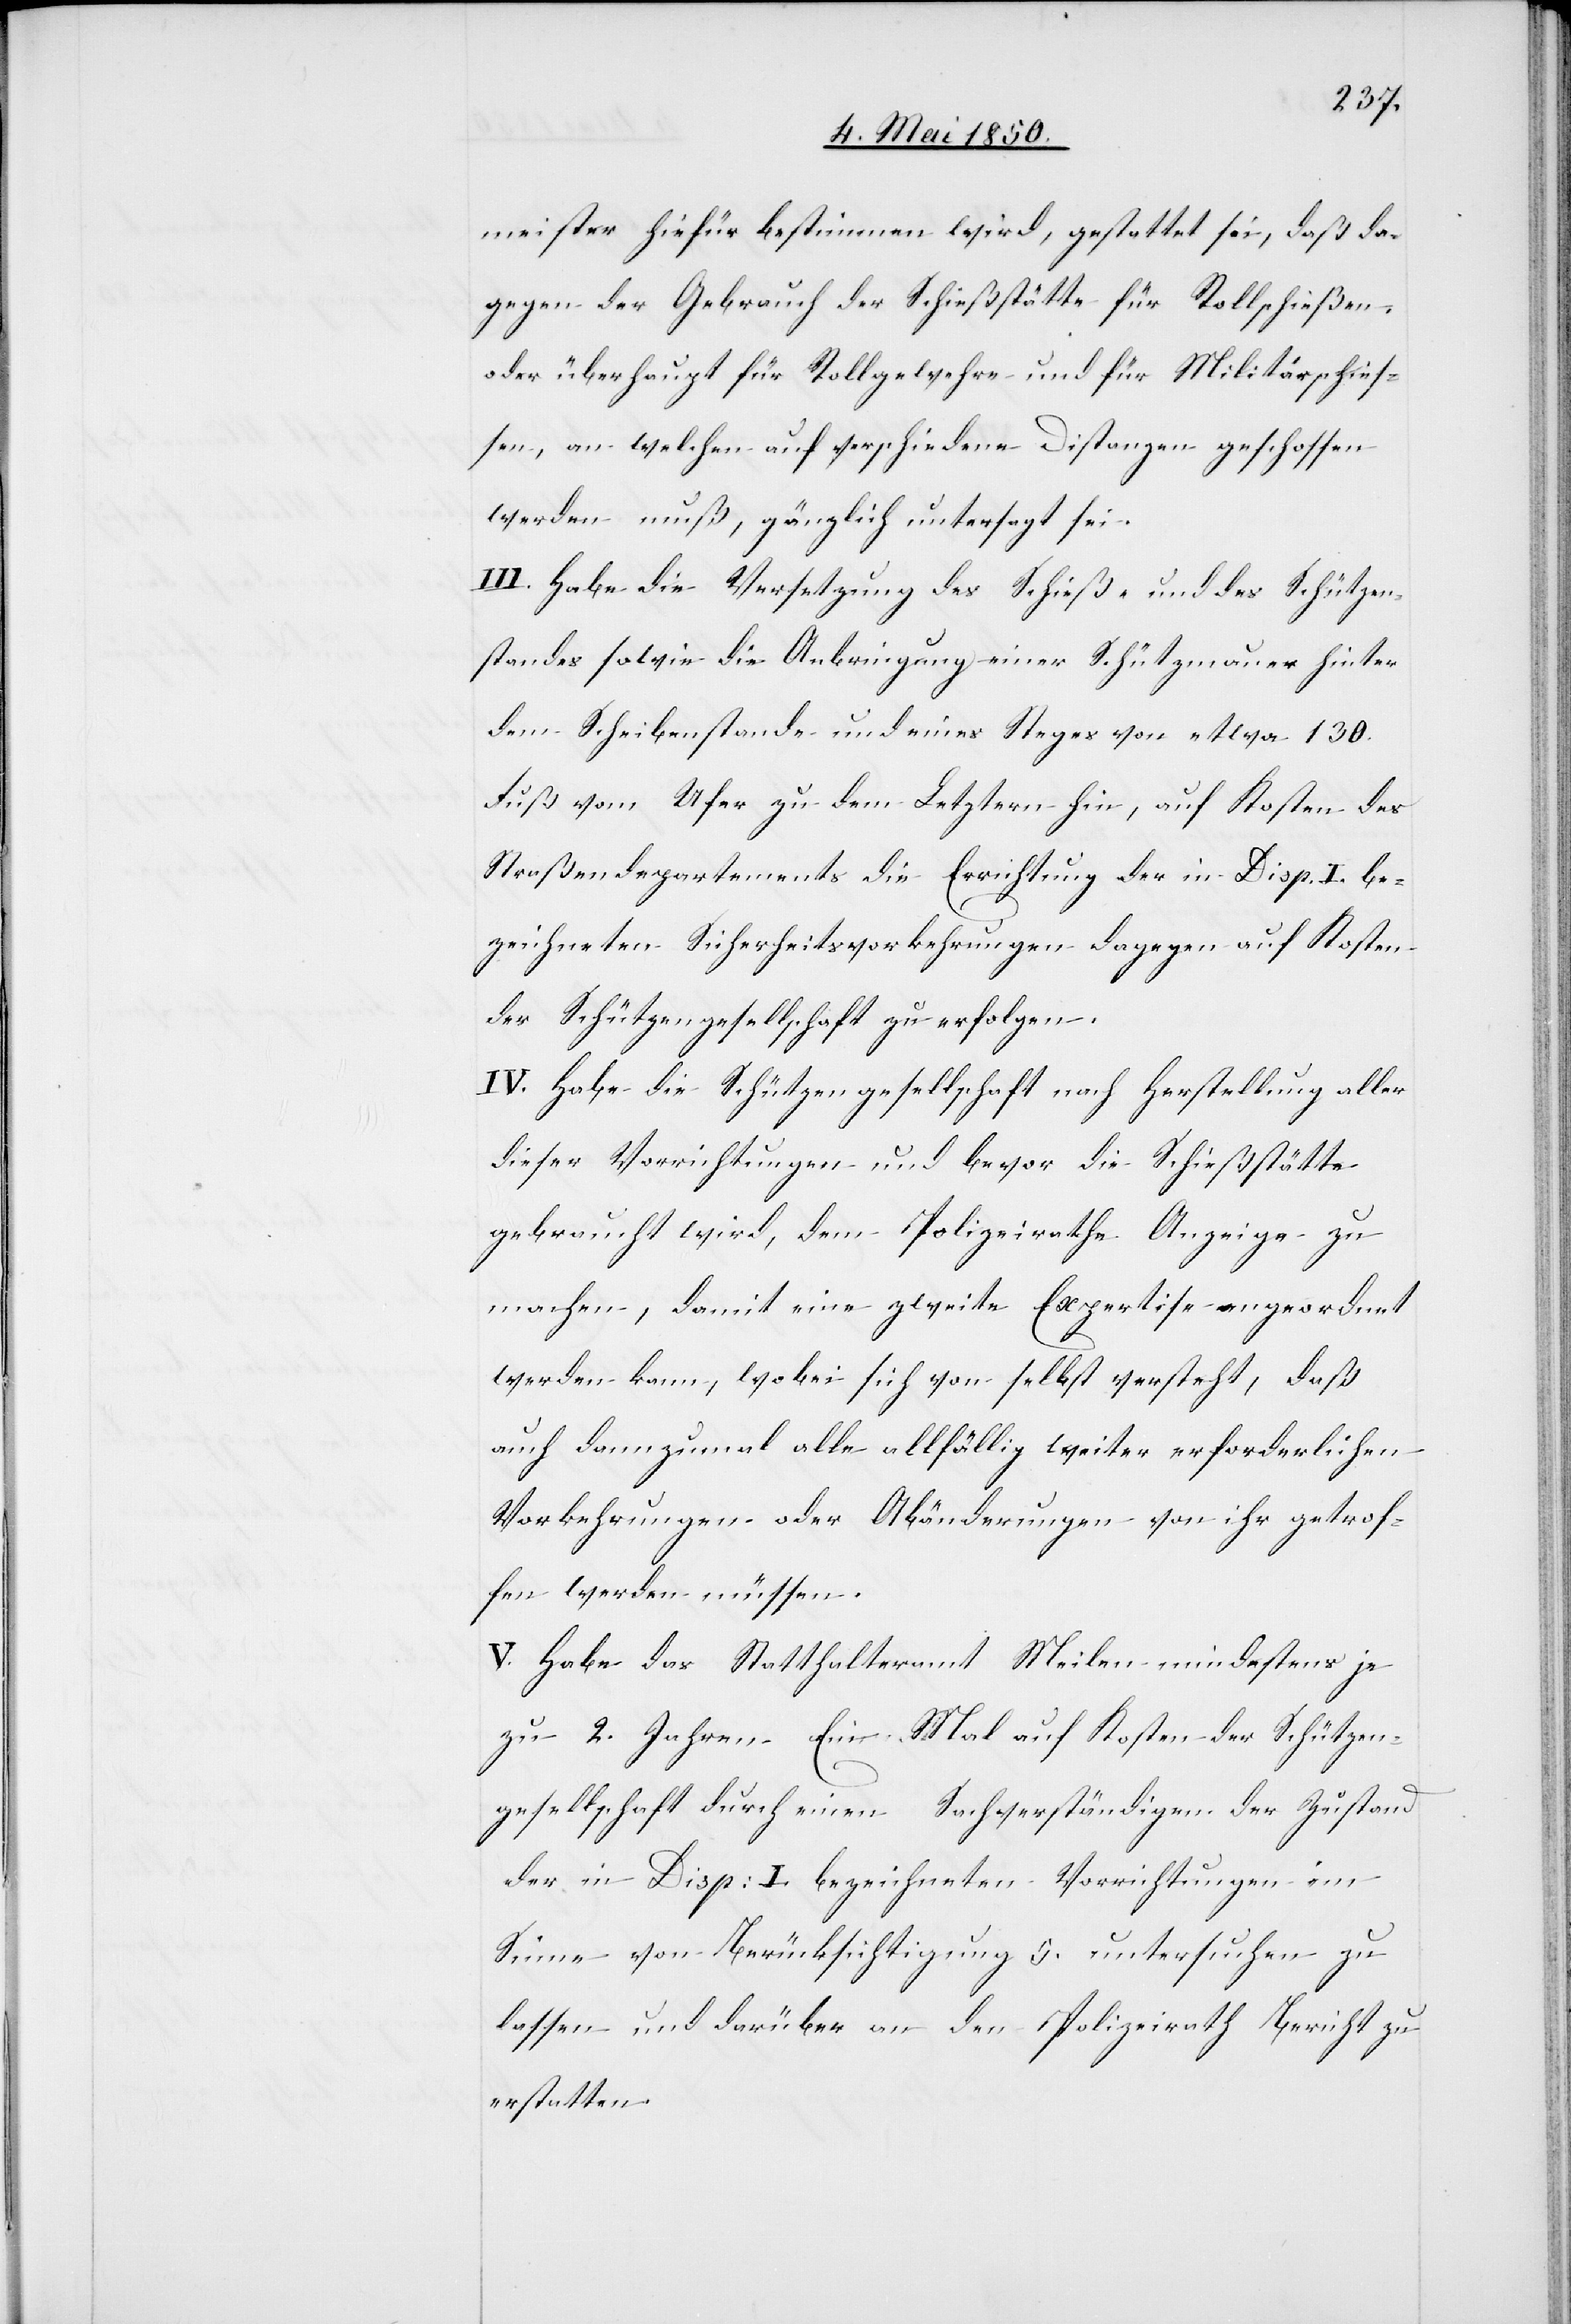
meister hiefür bestimmen wird, gestattet sei, daß da¬
gegen der Gebrauch der Schießstätte für Rollschießen,
oder überhaupt für Rollgewehre und für Militärschieß¬
en, an welchen auf verschiedene Distanzen geschossen
werden muß, gänzlich untersagt sei.
III. Habe die Versetzung des Schieß- und des Schützen¬
standes sowie die Anbringung einer Schützmauer hinter
dem Scheibenstande und eines Steges von etwa 130.
Fuß vom Ufer zu dem Letztern hin, auf Kosten des
Straßendepartements die Errichtung der in Disp. I. be¬
zeichneten Sicherheitsvorkehrungen dagegen auf Kosten
der Schützengesellschaft zu erfolgen.
IV. Habe die Schützengesellschaft nach Herstellung aller
dieser Vorrichtungen und bevor die Schießstätte
gebraucht wird, dem Polizeirathe Anzeige zu
machen, damit eine zweite Expertise angeordnet
werden kann, wobei sich von selbst versteht, daß
auch dannzumal alle allfällig weiter erforderlichen
Vorkehrungen oder Abänderungen von ihr getrof¬
fen werden müssen.
V. Habe das Statthalteramt Meilen mindestens je
zu 2. Jahren Ein Mal auf Kosten der Schützen¬
gesellschaft durch einen Sachverständigen der Zustand
der in Disp: I. bezeichneten Vorrichtungen im
Sinne von Berücksichtigung 5. untersuchen zu
lassen und darüber an den Polizeirath Bericht zu
erstatten.